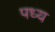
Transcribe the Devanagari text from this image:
पध्य